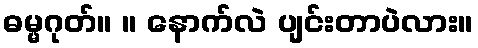
ဓမ္မဂုတ်။ ။ နောက်လဲ ပျင်းတာပဲလား။